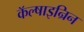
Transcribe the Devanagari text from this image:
कॅल्षाइन्रिन